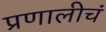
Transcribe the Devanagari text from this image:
प्रणालीचं